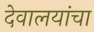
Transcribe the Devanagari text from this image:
देवालयांचा